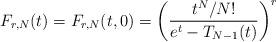
LaTeX: \begin{align*}F_{r,N}(t)=F_{r,N}(t,0)=\left(\frac{t^N/N!}{e^t-T_{N-1}(t)}\right)^r\end{align*}